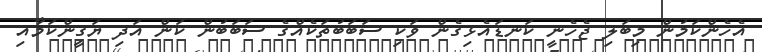
އެހެންކަމުން މިބަލި ޖެހެނީ ކަނޑައެޅިގެން ވަކި ސަބަބުތަކެއްގެ ސަބަބުން ކަން އަދި ޔަގީންކަމާއި